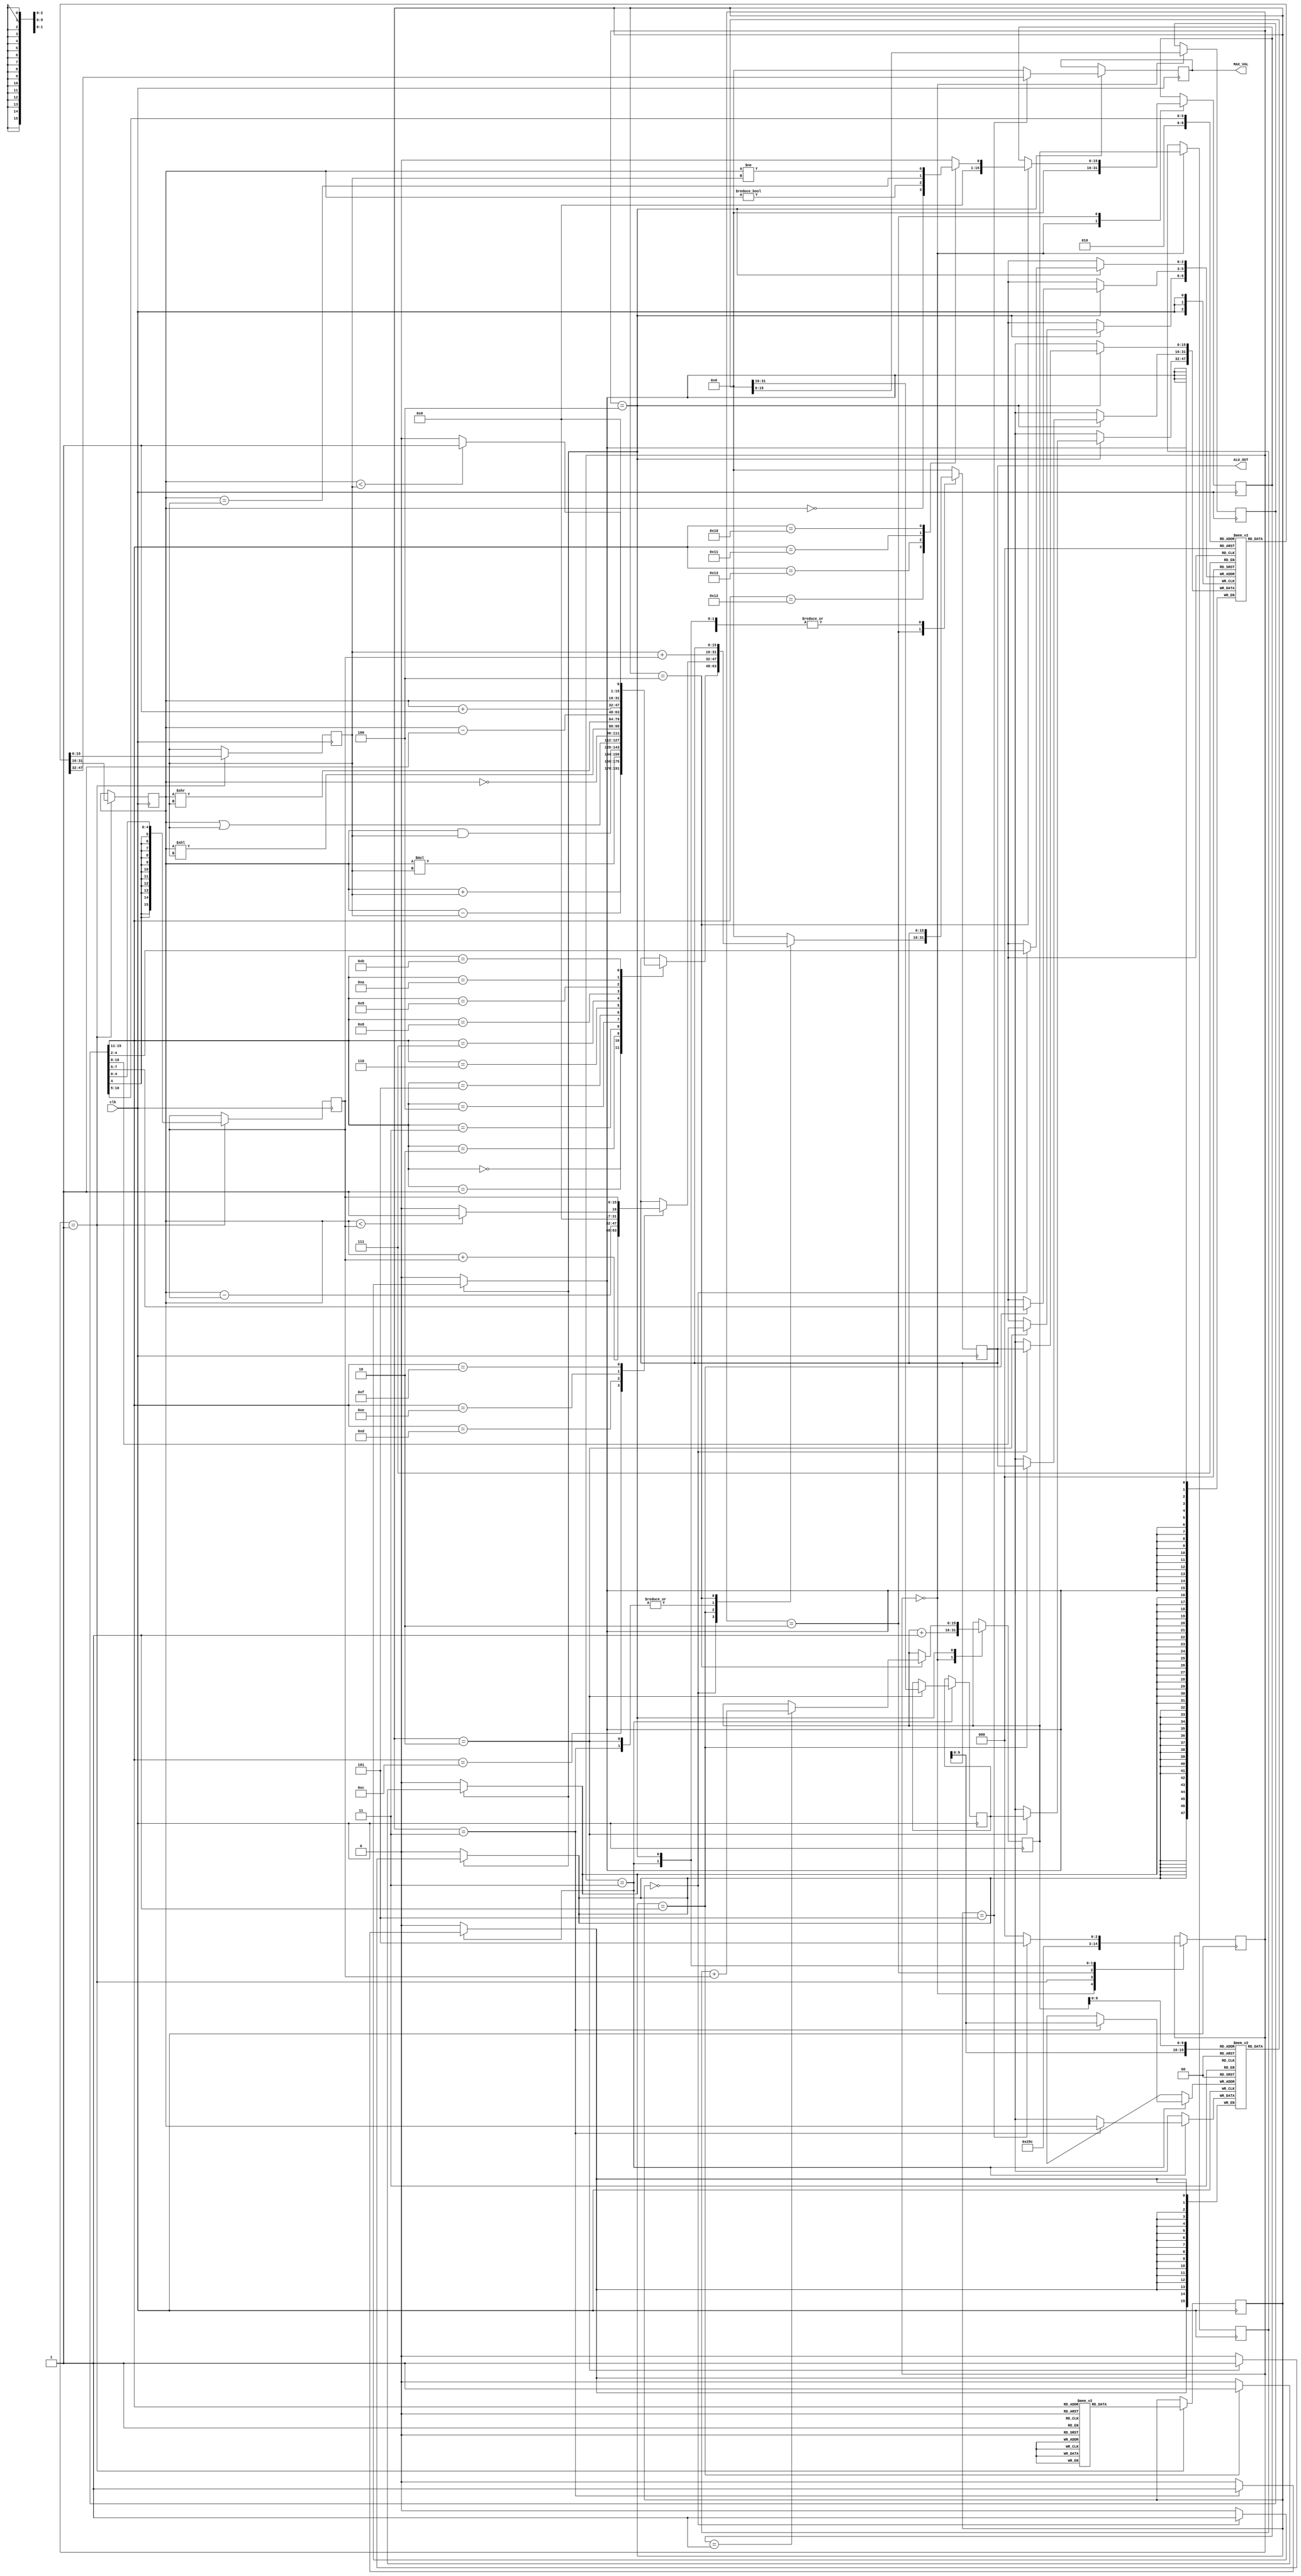
`timescale 1ns / 1ps
//////////////////////////////////////////////////////////////////////////////////
// Company: 
// Engineer: 
// 
// Design Name: 
// Module Name: risc_16_bit
// Project Name: 
// Target Devices: 
// Tool Versions: 
// Description: 
// 
// Dependencies: 
// 
// Revision:
// Revision 0.01 - File Created
// Additional Comments:
// 
//////////////////////////////////////////////////////////////////////////////////

module risc_16_bit(clk, ALU_OUT, MAX_VAL);
input clk;
output reg [15:0] ALU_OUT, MAX_VAL;
reg [2:0] stage = 0;
reg[15:0] PC,IR, NPC, A, B, IMM, LMD, br_cond;
reg[2:0] ex_type;

reg [15:0] reg_bank[0:7];
reg [15:0] memory[0:1023];

parameter ADD = 5'd0, SUB = 5'd1, MUL = 5'd2, AND = 5'd3,
OR = 5'd4, INV = 5'd5, LSL = 5'd6, LSR = 5'd7, DEC = 5'd8,
INC = 5'd9, MOV = 5'd10, SLT = 5'd11, ADDI = 5'd12, SUBI = 5'd13, 
SLTI = 5'd14, MOVI = 5'd15, BNEQ = 5'd16, BEQ = 5'd17, BEQZ = 5'd18,
BNEQZ = 5'd19, LD = 5'd20, ST = 5'd21, HLT = 5'd22;


parameter RR_ALU = 3'd0, RM_ALU = 3'd1, LOAD = 3'd2, STORE = 3'd3, BRANCH = 3'd4, HALT = 3'd5;


initial begin
reg_bank[0] <= 16'd0;
reg_bank[1] <= 16'd0;
reg_bank[2] <= 16'd0;
reg_bank[3] <= 16'd0;
reg_bank[4] <= 16'd0;
reg_bank[5] <= 16'd0;
reg_bank[6] <= 16'd0;
reg_bank[7] <= 16'd0;

memory[0] <= 16'b0111_1000_1000_1000; //MOVI R4, #8
memory[1] <= 16'b0111_1000_0000_0000; //MOVI R0, #0   :loop1
memory[2] <= 16'b1010_0001_1000_1111; //LD R1, OS(R4)  OS = 15
memory[3] <= 16'b0101_1010_0010_0000; //SLT R0, R2, R1
memory[4] <= 16'b0100_0100_0001_0000; //DEC R4, R4
memory[5] <= 16'b1001_0000_0000_0010; //BEQZ R0 loop2
memory[6] <= 16'b0101_0001_0000_1000; //MOV R2, R1
memory[7] <= 16'b1001_1100_0001_1010; //BNEQZ R4, loop1  :loop2
memory[8] <= 16'b1011_0000_0000_0000; //Halt


PC <=0;


//user data
memory[23] <= 16'd94;
memory[22] <= 16'd78;
memory[21] <= 16'd231; // Maximum of arra
memory[20] <= 16'd123;
memory[19] <= 16'd9;
memory[18] <= 16'd14;
memory[17] <= 16'd121;
memory[16] <= 16'd0;

end
always @(posedge clk)    
begin
case(stage)
0:  // fetch
begin
IR <= memory[PC];
NPC <= PC;
PC <= PC+1;
stage <= 1;
br_cond <=0;
end

1:  // decode
begin
A <= reg_bank[IR[10:8]];

B <= reg_bank[IR[7:5]];

IMM <= {{11{IR[4]}}, {IR[4:0]}};

case(IR[15:11])
ADD, SUB, MUL, AND, OR,
INV, LSL, LSR, DEC, INC,
MOV, SLT                    : ex_type <= RR_ALU;
ADDI,SUBI,SLTI,MOVI         : ex_type <= RM_ALU;
LD                          : ex_type <= LOAD;
ST                          : ex_type <= STORE;
BNEQ,BEQ,BEQZ,BNEQZ         : ex_type <= BRANCH;
HLT                         : ex_type <= HALT;
default                     : ex_type <= HALT;
endcase
stage <= 2;
end

2: //exec
begin
case(ex_type)
RR_ALU:
begin
case(IR[15:11])
ADD : ALU_OUT <= A+B;
SUB : ALU_OUT <= A-B;
MUL : ALU_OUT <= A*B;
AND : ALU_OUT <= A& B;
OR  : ALU_OUT <= A|B;
INV : ALU_OUT <= ~A;
LSL : ALU_OUT <= A << B;
LSR : ALU_OUT <= A >> B;
DEC : ALU_OUT <= A-1;
INC : ALU_OUT <= A+1;
MOV : ALU_OUT <= A; 
SLT : ALU_OUT <= (A<B)?(1):(0);
endcase
end
RM_ALU:
begin
case(IR[15:11])
ADDI : ALU_OUT <= A+IMM;
SUBI : ALU_OUT <= A-IMM;
SLTI : ALU_OUT <= (A<IMM)?(1):(0);
MOVI : ALU_OUT <= IMM;
endcase
end
LOAD, STORE: ALU_OUT <= B+IMM;
BRANCH: 
begin
case(IR[15:11])
BEQZ: br_cond <= (A == 0);
BNEQZ: br_cond <= (A != 0);
BEQ: br_cond <= (A == B);
BNEQ: br_cond <= (A != B);
default br_cond <=0;
endcase
end
default:ALU_OUT <=0;
endcase
stage <= 3;
end

3: //mem
begin
case(ex_type)
LOAD: LMD <= memory[ALU_OUT];
STORE: memory[ALU_OUT] <= A;
endcase
stage <= 4;
end

4: // write_back
begin
case(ex_type)
RR_ALU : reg_bank[IR[4:2]]  <= ALU_OUT;
RM_ALU : reg_bank[IR[7:5]]  <= ALU_OUT;
LOAD   : reg_bank[IR[10:8]] <= LMD;
BRANCH : PC <= (br_cond == 1)?(NPC+IMM):(PC);
endcase
stage <= (ex_type == HALT)? (5):(0);
MAX_VAL <= (ex_type == HALT)?(reg_bank[2]):(0);
end
default: ALU_OUT <= 0;
endcase
end

endmodule